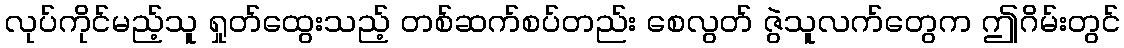
လုပ်ကိုင်မည့်သူ ရှုတ်ထွေးသည့် တစ်ဆက်စပ်တည်း စေလွတ် ဇွဲသူလက်တွေက ဤဂိမ်းတွင်